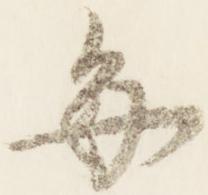
毎